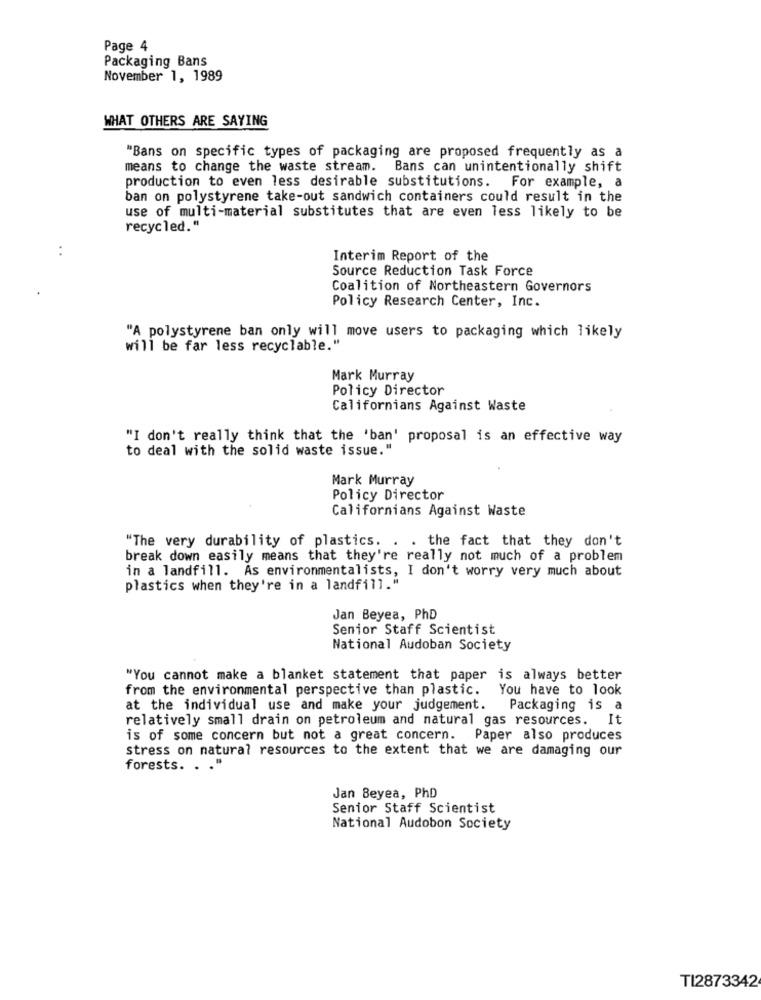
Page 4
Packaging Bans
November 1, 1989
WHAT OTHERS ARE SAYING
"Bans on specific types of packaging are proposed frequently as a
means to change the waste stream. Bans can unintentionally shift
production to even less desirable substitutions. For example, a
ban on polystyrene take-out sandwich containers could result in the
use of multi-material substitutes that are even less likely to be
recycled. "
..
Interim Report of the
Source Reduction Task Force
Coalition of Northeastern Governors
Policy Research Center, Inc.
"A polystyrene ban only will move users to packaging which likely
will be far less recyclable."
Mark Murray
Policy Director
Californians Against Waste
"I don't really think that the 'ban' proposal is an effective way
to deal with the solid waste issue."
Mark Murray
Policy Director
Californians Against Waste
"The very durability of plastics. . . the fact that they don't
break down easily means that they're really not much of a problem
in a landfill. As environmentalists, I don't worry very much about
plastics when they're in a landfill."
Jan Beyea, PhD
Senior Staff Scientist
National Audoban Society
"You cannot make a blanket statement that paper is always better
from the environmental perspective than plastic.
You have to look
at the individual use and make your judgement.
Packaging is a
relatively small drain on petroleum and natural gas resources.
is of some concern but not a great concern. Paper also produces
stress on natural resources to the extent that we are damaging our
forests. . . "
Jan Beyea, PhD
Senior Staff Scientist
National Audobon Society
TI2873342